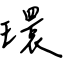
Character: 環